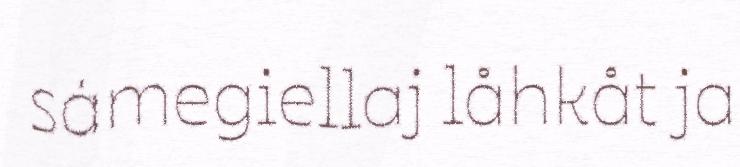
sámegiellaj låhkåt ja